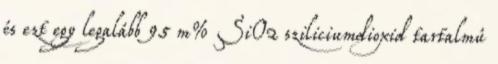
és ezt egy legalább 95 m% SiO2 sziliciumdioxid tartalmú